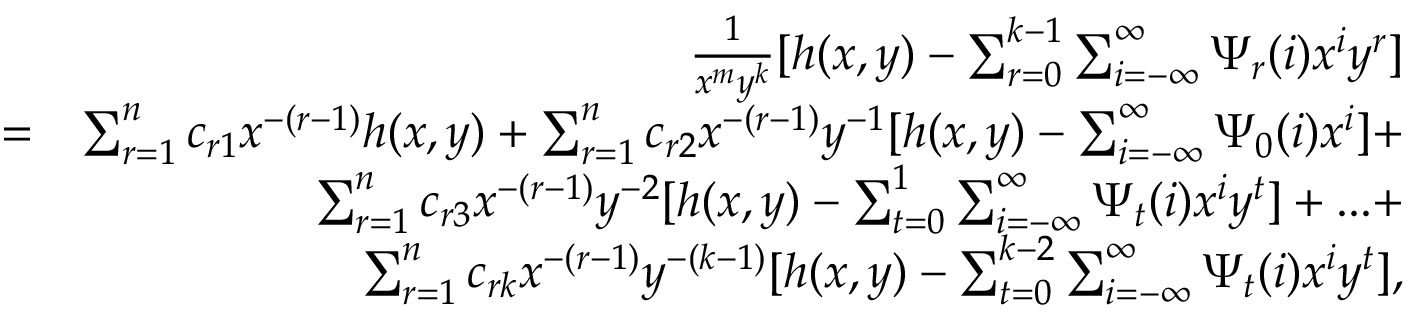
\begin{array} { r l r } & { } & { \frac { 1 } { x ^ { m } y ^ { k } } [ h ( x , y ) - \sum _ { r = 0 } ^ { k - 1 } \sum _ { i = - \infty } ^ { \infty } \Psi _ { r } ( i ) x ^ { i } y ^ { r } ] } \\ & { = } & { \sum _ { r = 1 } ^ { n } c _ { r 1 } x ^ { - ( r - 1 ) } h ( x , y ) + \sum _ { r = 1 } ^ { n } c _ { r 2 } x ^ { - ( r - 1 ) } y ^ { - 1 } [ h ( x , y ) - \sum _ { i = - \infty } ^ { \infty } \Psi _ { 0 } ( i ) x ^ { i } ] + } \\ & { } & { \sum _ { r = 1 } ^ { n } c _ { r 3 } x ^ { - ( r - 1 ) } y ^ { - 2 } [ h ( x , y ) - \sum _ { t = 0 } ^ { 1 } \sum _ { i = - \infty } ^ { \infty } \Psi _ { t } ( i ) x ^ { i } y ^ { t } ] + . . . + } \\ & { } & { \sum _ { r = 1 } ^ { n } c _ { r k } x ^ { - ( r - 1 ) } y ^ { - ( k - 1 ) } [ h ( x , y ) - \sum _ { t = 0 } ^ { k - 2 } \sum _ { i = - \infty } ^ { \infty } \Psi _ { t } ( i ) x ^ { i } y ^ { t } ] , } \end{array}